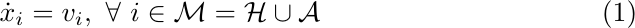
\begin{equation}
    \dot{x}_{i} = v_{i}, ~\forall~ i \in \mathcal{M} = \mathcal{H} \cup \mathcal{A}   \label{eq2.4}
\end{equation}